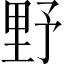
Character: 野